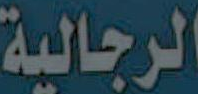
الرجالية